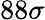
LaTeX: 88\sigma